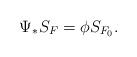
LaTeX: \begin{align*}\Psi_*S_F=\phi S_{F_0}.\end{align*}